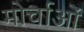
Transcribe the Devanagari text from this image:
मोर्चाओं